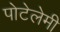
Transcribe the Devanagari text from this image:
पोटेलेमी